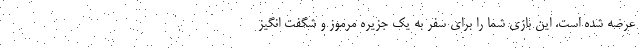
عرضه شده است. این بازی شما را برای سفر به یک جزیره مرموز و شگفت انگیز